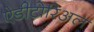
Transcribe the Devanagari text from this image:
ऐडीटोरिअल